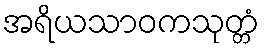
အရိယသာဝကသုတ္တံ